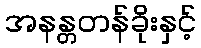
အနန္တတန်ခိုးနှင့်